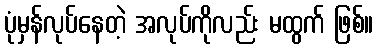
ပုံမှန်လုပ်နေတဲ့ အလုပ်ကိုလည်း မထွက် ဖြစ်။